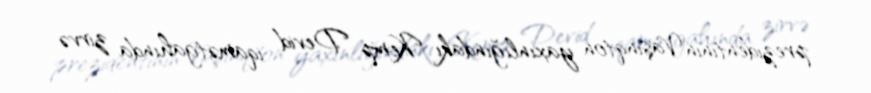
prezidentinin Vaşinqton yaxınlığındakı Kemp Devid iqamətgahında zirvə